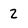
Character: 2